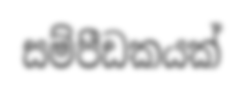
සම්පීඩකයක්